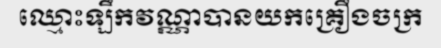
ឈ្មោះឡឹកវណ្ណាបានយកគ្រឿងចក្រ